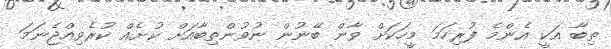
ތިބާ އަކީ އެންމެ ފުރިހަމަ މީހަކަށް ވާން ބޭނުން ނުވުންތިބާއަށް ކުށެއް ކުރެވިއްޖެނަމަ